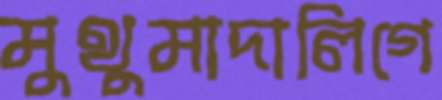
মুথুমাদালিগে